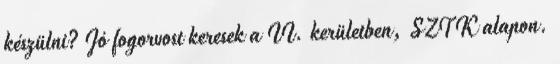
készülni? Jó fogorvost keresek a II. kerületben, SZTK alapon.